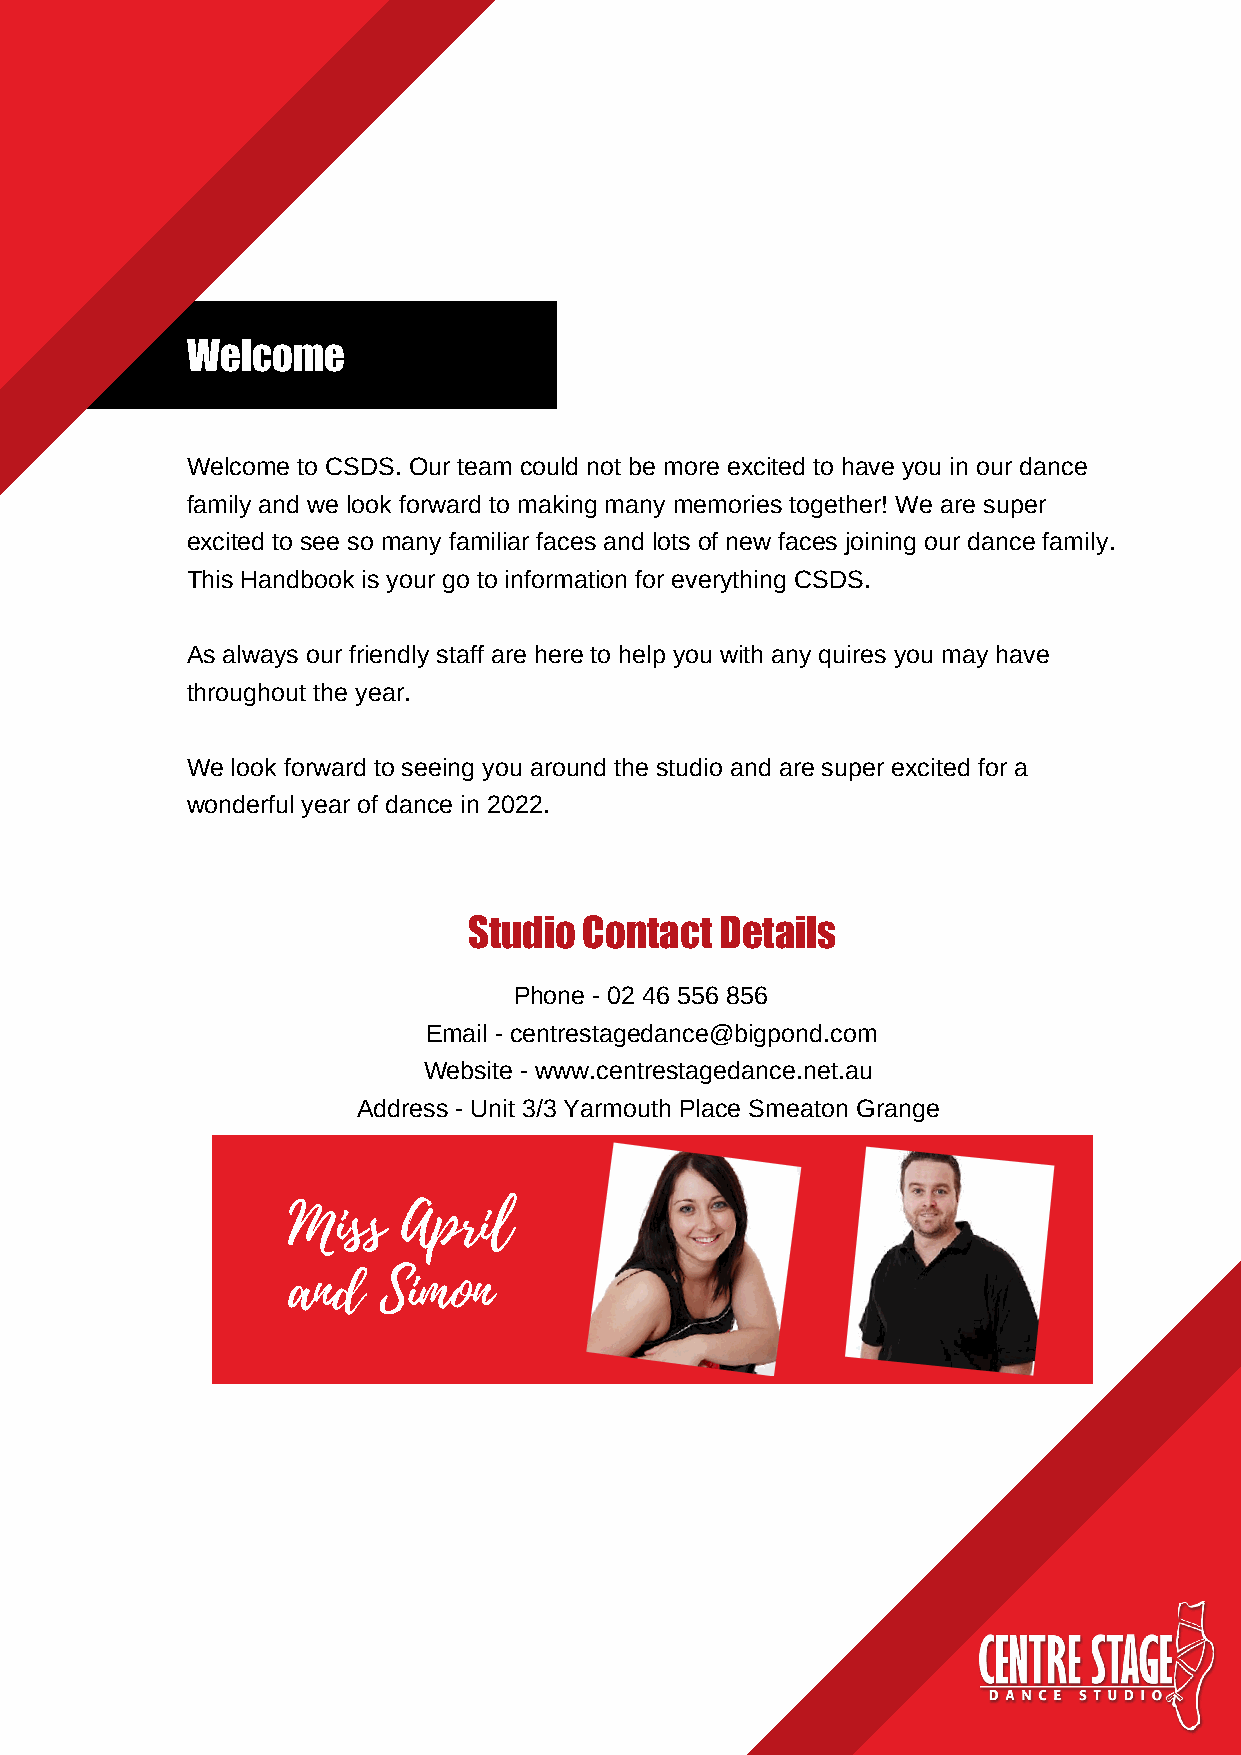
Welcome
 Welcome to CSDS. Our team could not be more excited to have you in our dance
 family and we look forward to making many memories together! We are super
 excited to see so many familiar faces and lots of new faces joining our dance family.
 This Handbook is your go to information for everything CSDS.
 As always our friendly staff are here to help you with any quires you may have
 throughout the year.
 We look forward to seeing you around the studio and are super excited for a
 wonderful year of dance in 2022.
 Studio  Contact  Details
 Phone - 02 46 556 856
 Email - centrestagedance@bigpond.com
 Website - www.centrestagedance.net.au
 Address - Unit 3/3 Yarmouth Place Smeaton Grange
 Miss    April
 and   Simon